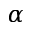
\alpha